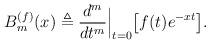
LaTeX: \begin{align*}B^{(f)}_{m}(x) \triangleq \frac{d^m}{dt^m}\Big\vert_{t=0} \bigl[f(t)e^{-xt}\bigr].\end{align*}